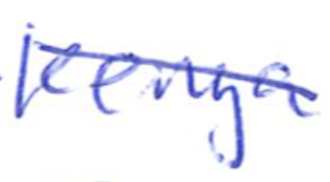
Text: Kenya
Cross-out: mix
Writing tool: ballpoint